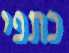
כתפי